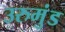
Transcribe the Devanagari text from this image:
उरुमुंड